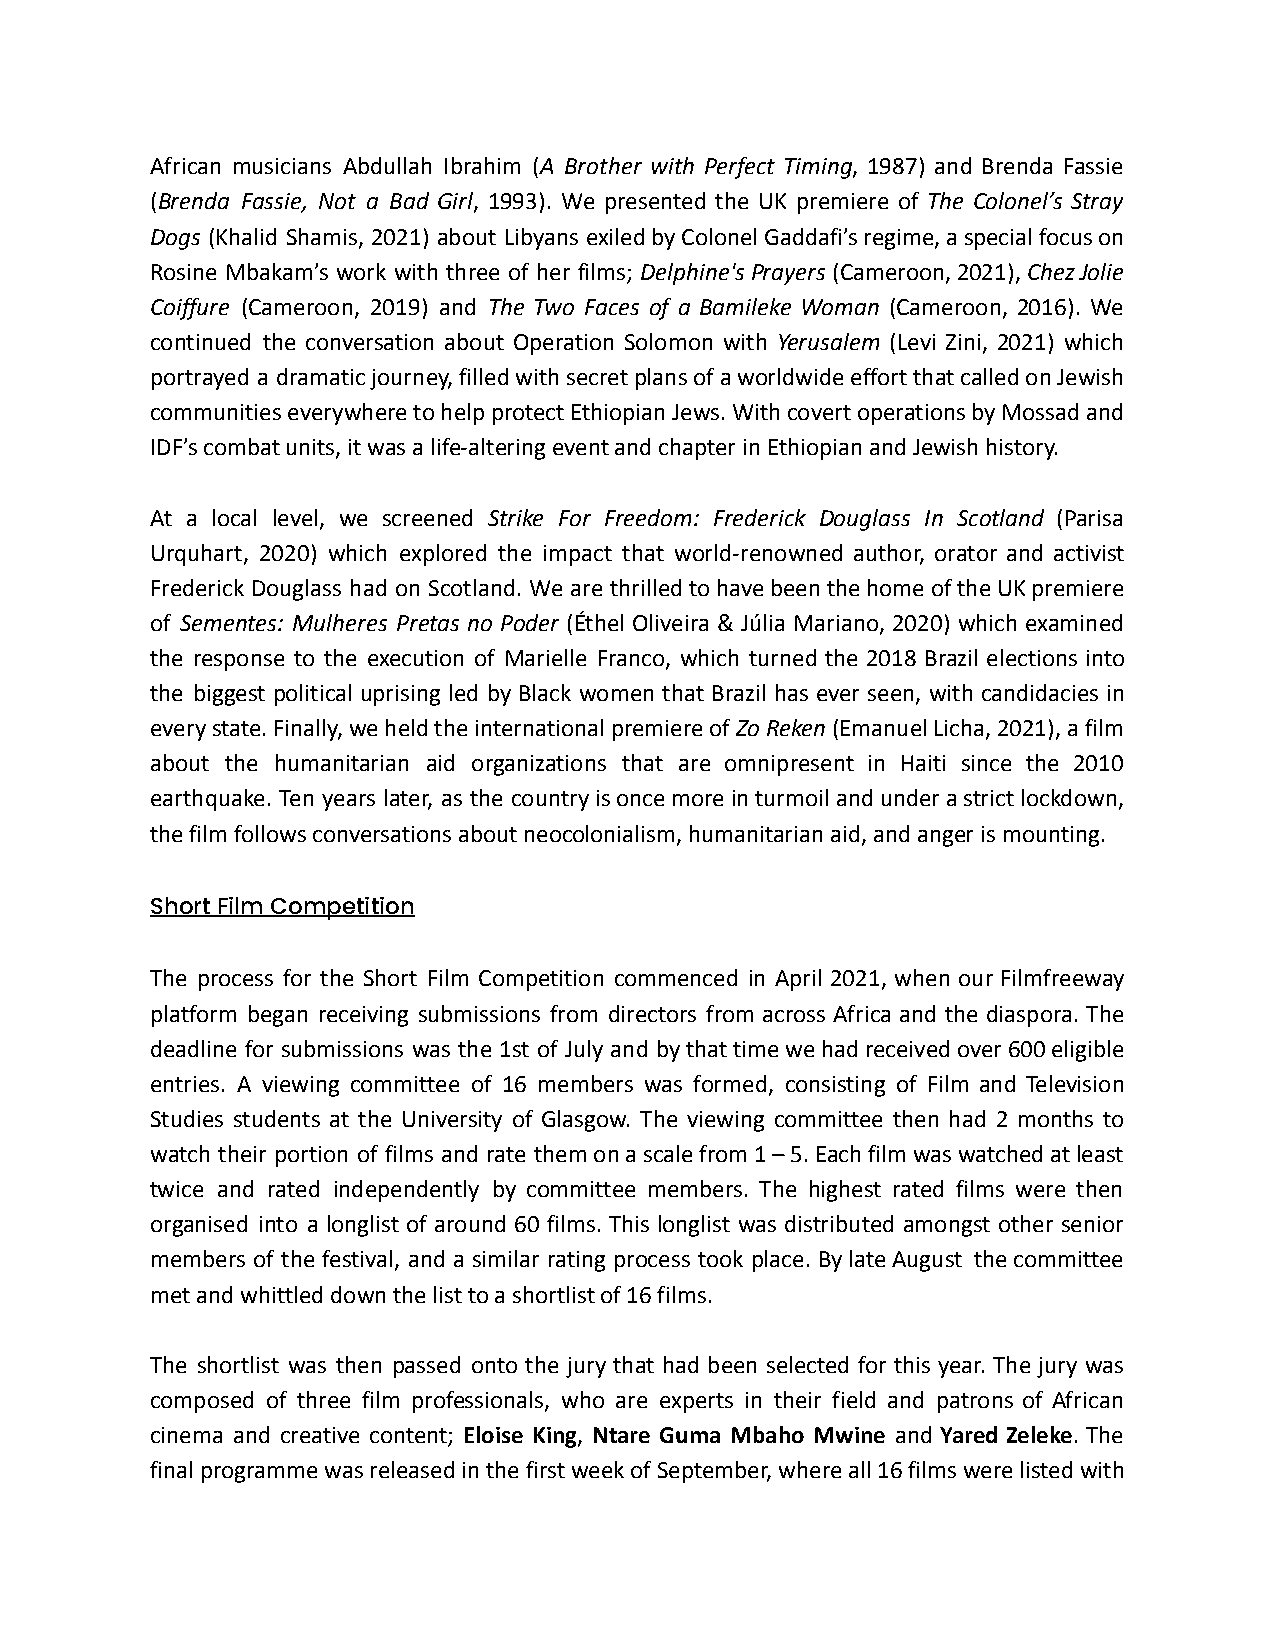
African musicians Abdullah Ibrahim (A Brother with Perfect Timing, 1987) and Brenda Fassie
 (Brenda Fassie, Not a Bad Girl, 1993). We presented the UK premiere of The Colonel’s Stray
 Dogs (Khalid Shamis, 2021) about Libyans exiledbyColonelGaddafi’sregime,aspecialfocuson
 Rosine Mbakam’s work with three of her films; Delphine'sPrayers(Cameroon,2021),ChezJolie
 Coiffure (Cameroon, 2019) and The Two Faces of a Bamileke Woman (Cameroon, 2016). We
 continued the conversation about Operation Solomon with Yerusalem (Levi Zini, 2021) which
 portrayed a dramaticjourney,filledwithsecretplansofaworldwideeffortthatcalledonJewish
 communitieseverywheretohelpprotectEthiopianJews.WithcovertoperationsbyMossadand
 IDF’s combat units, it was a life-altering event and chapter in Ethiopian and Jewish history.
 At a local level, we screened Strike For Freedom: Frederick Douglass In Scotland (Parisa
 Urquhart, 2020) which explored the impact that world-renowned author, orator and activist
 Frederick Douglass had on Scotland. We are thrilledtohavebeenthehomeoftheUKpremiere
 of Sementes: Mulheres Pretas no Poder (Éthel Oliveira & Júlia Mariano, 2020) which examined
 the response to the execution of Marielle Franco, which turned the 2018 Brazil elections into
 the biggest political uprising led by Black women that Brazil has ever seen, with candidacies in
 everystate.Finally,weheldtheinternationalpremiereofZoReken(EmanuelLicha,2021),afilm
 about the humanitarian aid organizations that are omnipresent in Haiti since the 2010
 earthquake. Ten years later, as the countryisoncemoreinturmoilandunderastrictlockdown,
 the film follows conversations about neocolonialism, humanitarian aid, and anger is mounting.
 Short Film Competition
 The process for the Short Film Competition commenced in April 2021, when our Filmfreeway
 platform began receiving submissions from directors from across Africa and the diaspora. The
 deadline for submissions was the 1st of July and bythattimewehadreceivedover600eligible
 entries. A viewing committee of 16 members was formed, consisting of Film and Television
 Studies students at the University of Glasgow. The viewing committee then had 2 months to
 watch their portion of films and rate themonascalefrom1–5.Eachfilmwaswatchedatleast
 twice and rated independently by committee members. The highest rated films were then
 organised into a longlist of around 60 films. This longlist was distributed amongst other senior
 members of the festival, and a similar rating process took place. BylateAugust thecommittee
 met and whittled down the list to a shortlist of 16 films.
 The shortlist was then passed onto the jury that had been selected for this year. The jury was
 composed of three film professionals, who are experts in their field and patrons of African
 cinema and creative content; Eloise King, Ntare Guma Mbaho Mwine and Yared Zeleke. The
 finalprogrammewasreleasedinthefirstweekofSeptember,whereall16filmswerelistedwith